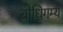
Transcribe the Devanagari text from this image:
बोधिगम्य